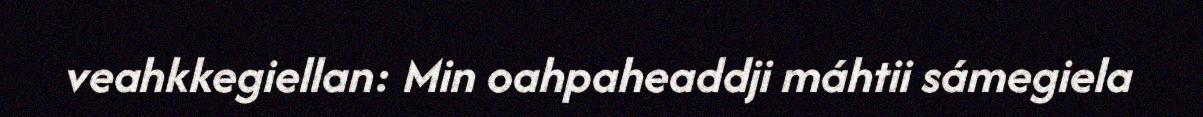
veahkkegiellan: Min oahpaheaddji máhtii sámegiela